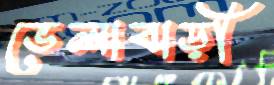
ভেলাবাড়ী